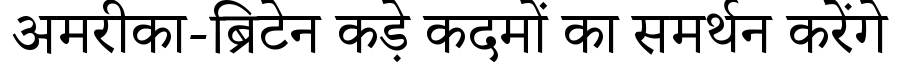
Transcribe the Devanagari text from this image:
अमरीका-ब्रिटेन कड़े कदमों का समर्थन करेंगे